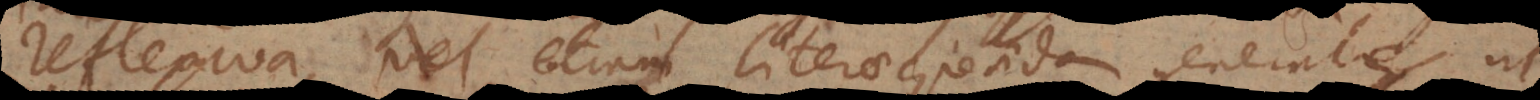
reflexiva, vel etiam literae quaedam generales ut